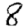
Digit: 8